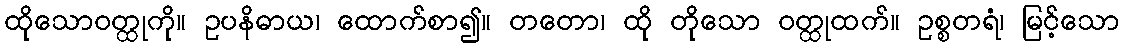
ထိုသောဝတ္ထုကို။ ဥပနိဓာယ၊ ထောက်စာ၍။ တတော၊ ထို တိုသော ဝတ္ထုထက်။ ဥစ္စတရံ၊ မြင့်သော